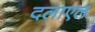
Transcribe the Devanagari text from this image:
दलाएल